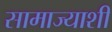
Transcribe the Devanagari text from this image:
सामाज्याशी